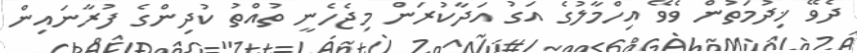
ދެވޭ ޚިދުމަތުން ވެވޭ އިހްމާލުގެ އަގު އަދާކުރަން މިޖެހެނީ ތުއްތު ކުދިންގެ ފުރާނައިން